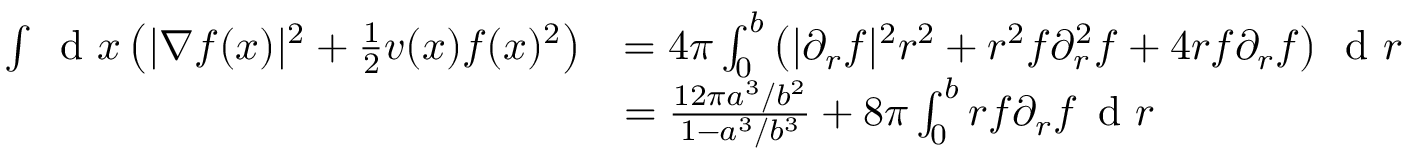
\begin{array} { r l } { \int \, \textnormal { d } x \left( | \nabla f ( x ) | ^ { 2 } + \frac { 1 } { 2 } v ( x ) f ( x ) ^ { 2 } \right) } & { = 4 \pi \int _ { 0 } ^ { b } \left( | \partial _ { r } f | ^ { 2 } r ^ { 2 } + r ^ { 2 } f \partial _ { r } ^ { 2 } f + 4 r f \partial _ { r } f \right) \, \textnormal { d } r } \\ & { = \frac { 1 2 \pi a ^ { 3 } / b ^ { 2 } } { 1 - a ^ { 3 } / b ^ { 3 } } + 8 \pi \int _ { 0 } ^ { b } r f \partial _ { r } f \, \textnormal { d } r } \end{array}